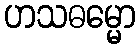
ဟသဓမ္မော